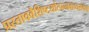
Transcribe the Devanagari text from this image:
प्रस्ताववैशिष्टयोत्पन्नवाच्यसंभवा